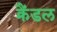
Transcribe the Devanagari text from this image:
क्रैंडल